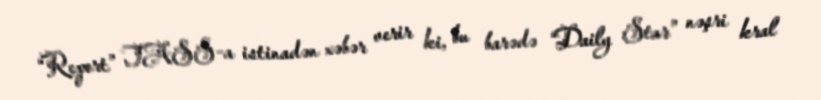
“Report” TASS-a istinadən xəbər verir ki, bu barədə “Daily Star” nəşri kral